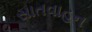
સાતવાહન